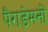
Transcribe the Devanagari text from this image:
पैराडेमनों